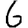
Digit: 6